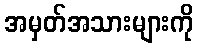
အမှတ်အသားများကို